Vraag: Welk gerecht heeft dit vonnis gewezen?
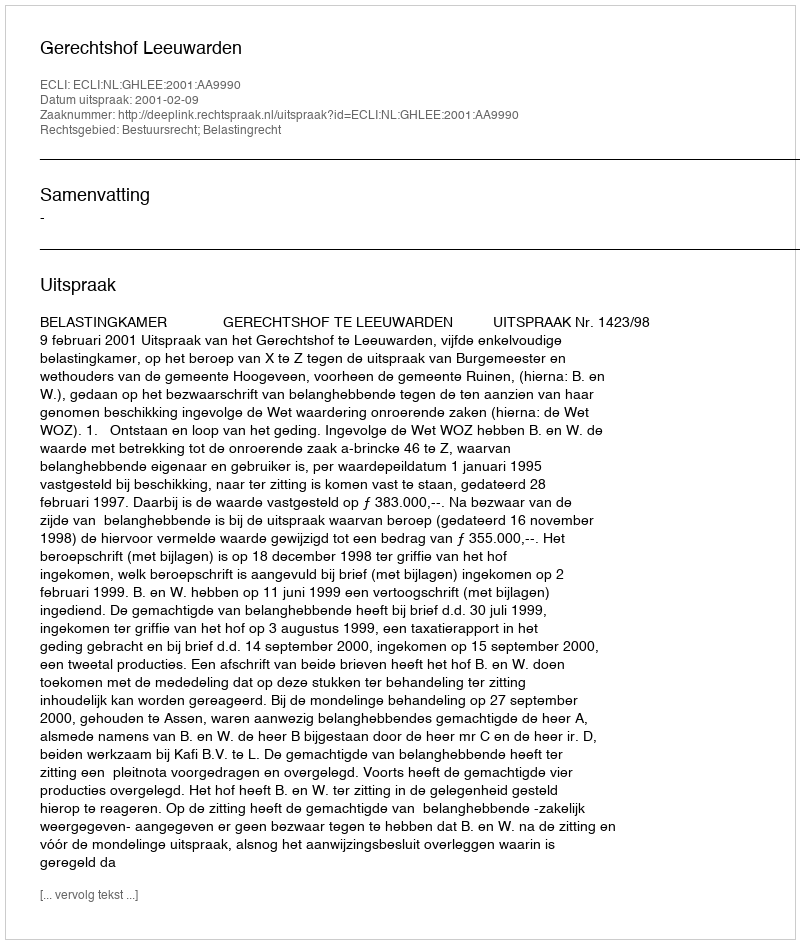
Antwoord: Gerechtshof Leeuwarden